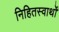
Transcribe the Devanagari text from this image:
निहितस्वार्थों